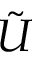
\tilde { U }